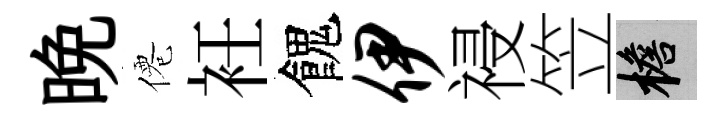
晚僊衽餽伊祲笠檐